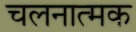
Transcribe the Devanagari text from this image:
चलनात्मक